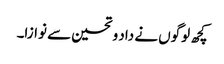
کچھ لوگوں نے داد و تحسین سے نوازا۔